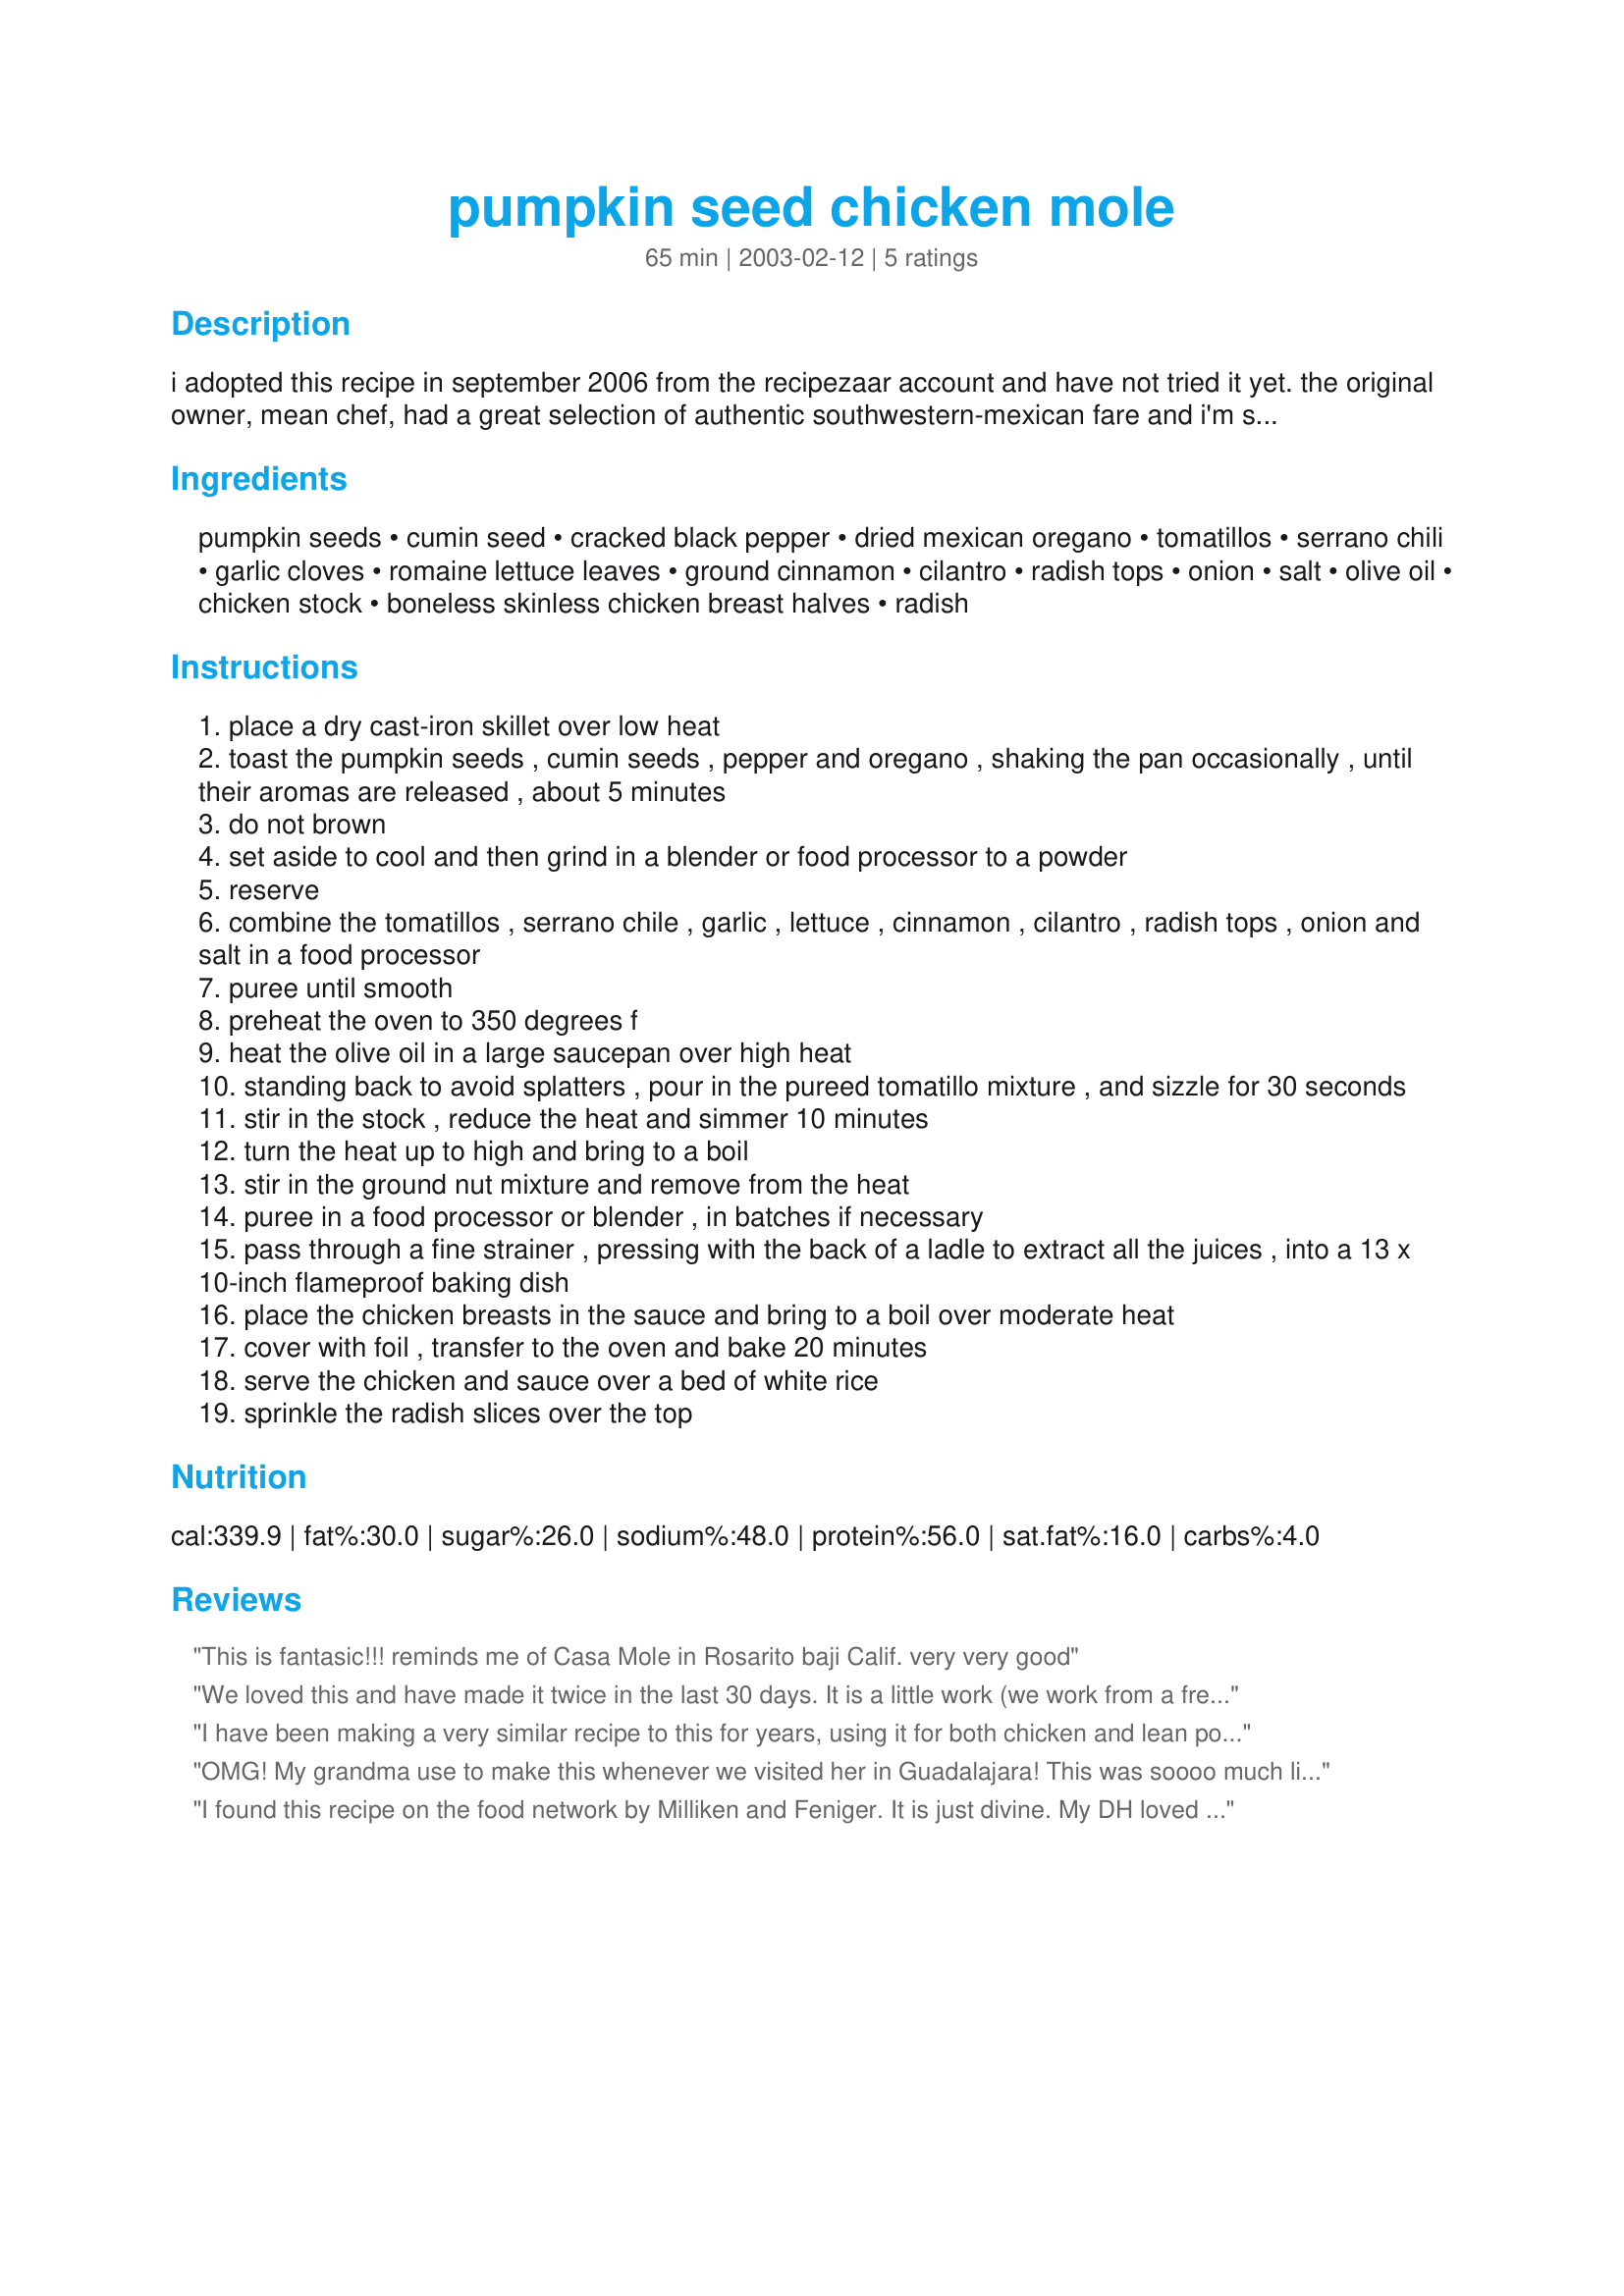
pumpkin seed chicken mole
Preparation time: 65 minutes

i adopted this recipe in september 2006 from the recipezaar account and have not tried it yet. the original owner, mean chef, had a great selection of authentic southwestern-mexican fare and i'm sure this is every bit as good as though i have already tried.

Ingredients:
pumpkin seeds, cumin seed, cracked black pepper, dried mexican oregano, tomatillos, serrano chili, garlic cloves, romaine lettuce leaves, ground cinnamon, cilantro, radish tops, onion, salt, olive oil, chicken stock, boneless skinless chicken breast halves, radish

Steps:
place a dry cast-iron skillet over low heat
toast the pumpkin seeds , cumin seeds , pepper and oregano , shaking the pan occasionally , until their aromas are released , about 5 minutes
do not brown
set aside to cool and then grind in a blender or food processor to a powder
reserve
combine the tomatillos , serrano chile , garlic , lettuce , cinnamon , cilantro , radish tops , onion and salt in a food processor
puree until smooth
preheat the oven to 350 degrees f
heat the olive oil in a large saucepan over high heat
standing back to avoid splatters , pour in the pureed tomatillo mixture , and sizzle for 30 seconds
stir in the stock , reduce the heat and simmer 10 minutes
turn the heat up to high and bring to a boil
stir in the ground nut mixture and remove from the heat
puree in a food processor or blender , in batches if necessary
pass through a fine strainer , pressing with the back of a ladle to extract all the juices , into a 13 x 10-inch flameproof baking dish
place the chicken breasts in the sauce and bring to a boil over moderate heat
cover with foil , transfer to the oven and bake 20 minutes
serve the chicken and sauce over a bed of white rice
sprinkle the radish slices over the top

Reviews:
This is fantasic!!! reminds me of Casa Mole in Rosarito baji Calif. very very good
We loved this and have made it twice in the last 30 days. It is a little work (we work from a fresh pumpkin) but worth it. The flavor is wonderful, but we did not appreciate the thin sauce that was the result of straining all of the tomatillo texture out. So, the 2nd attempt we added the seeds into only about 2 cups of the sauce (reserving the rest) and then strained that bit and added back the reserved sauce. this texture worked better for us. My MIL (and family) is from Mex City and this is the way she knows it. She admits that the flavor is very authentic. Muchas gracias for this great recipe!
I have been making a very similar recipe to this for years, using it for both chicken and lean pork. The recipe I make has no radishes or cinnamon, but more chilis and lettuce (4 cups). I also have come to like a mixture of nuts. I usually use pepitas and almonds (or pistachios). Sometimes I cook it in the crock pot. It is absolutely delicious and a definite favorite!
OMG! My grandma use to make this whenever we visited her in Guadalajara! This was soooo much like the one she used to make. This sauce is known as Pipian in Mexico.
I found this recipe on the food network by Milliken and Feniger.
It is just divine. My DH loved it, and he's not crazy about mexican food. 
I used a jalapeno instead of serrano, so it wasn't too hot. The sauce would also make a great soup addition (like to black bean soup). Definitly a treasured recipe in my home.
